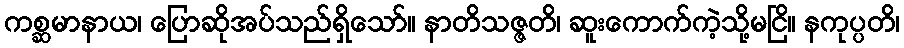
ကစ္ဆမာနာယ၊ ပြောဆိုအပ်သည်ရှိသော်။ နာတိသဇ္ဇတိ၊ ဆူးကောက်ကဲ့သို့မငြိ။ နကုပ္ပတိ၊